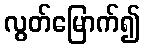
လွတ်မြောက်၍